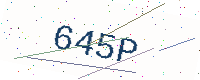
Text: 645P